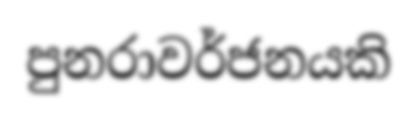
පුනරාවර්ජනයකි